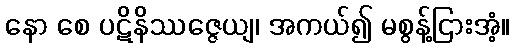
နော စေ ပဋိနိဿဇ္ဇေယျ၊ အကယ်၍ မစွန့်ငြားအံ့။